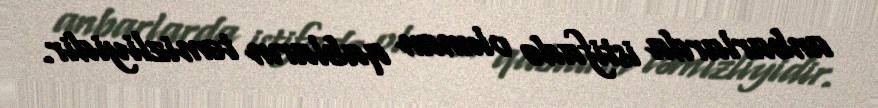
anbarlarda istifadə olunan qabların təmizliyidir.